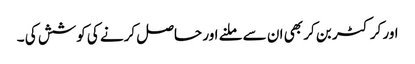
اور کرکٹر بن کر بھی ان سے ملنے اور حاصل کرنے کی کوشش کی ۔